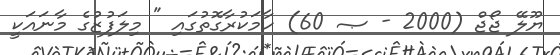
ޔޫލޭ ޖޯޖް (2000 - ޞ 60) ހާމަކުރާގޮތުގައި " މިލަފުޒުގެ މާނައަކީ